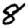
Digit: 8